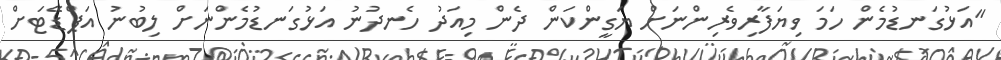
"އަޅުގަނޑުމެން ހަމަ ވިޔަފާރިވެރިންނަށް ޔަގީންކަން ދެން މިއަދު ހެނދުނު އަޅުގަނޑުމެންނަށް ލިބުނު އަޕްޑޭޓަށް